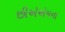
છીએએમના